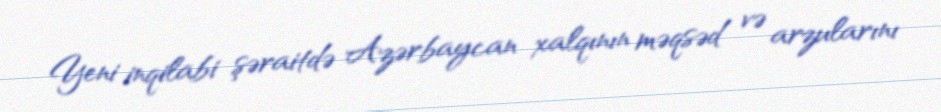
Yeni inqilabi şəraitdə Azərbaycan xalqının məqsəd və arzularını